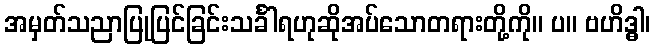
အမှတ်သညာပြုပြင်ခြင်းသင်္ခါရဟုဆိုအပ်သောတရားတို့ကို။ ပ။ ဗဟိဒ္ဓါ၊